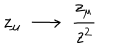
z _ { \mu } ~ \longrightarrow ~ \frac { z _ { \mu } } { z ^ { 2 } }